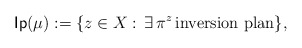
\begin{align*}\mathsf{Ip} (\mu) : = \{ z\in X : \, \exists \, \pi^{z}\, \textrm{inversion plan}\},\end{align*}